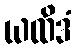
ယထိဒံ